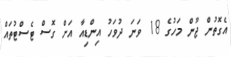
އެގޮތުން ޖޫން މަހުގެ 18 ވަނަ ދުވަހު އިންޑިއާ އަށް ގޮސް ޓެސްޓުތައް